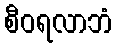
စီဝရလာဘံ